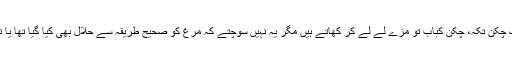
لوگ چکن تکہ، چکن کباب تو مزے لے لے کر کھاتے ہیں مگر یہ نہیں سوچتے کہ مرغ کو صحیح طریقہ سے حلال بھی کیا گیا تھا یا نہیں۔